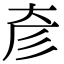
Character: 𢒊